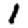
Digit: 1